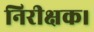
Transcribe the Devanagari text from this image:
निरीक्षक।